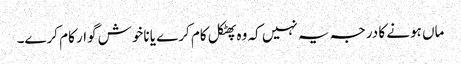
ماں ہونے کا درجہ یہ نہیں کہ وہ پھٹکل کام کرے یا ناخوش گوار کام کرے۔